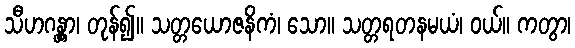
သီဟဂန္တွာ၊ တုန်၍။ သတ္တယောဇနိကံ၊ သော။ သတ္တရတနမယံ၊ ဝယ်။ ကတွာ၊